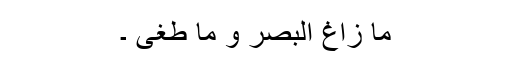
مَا زَاغَ الْبَصَرُ وَ مَا طَغَی ۔